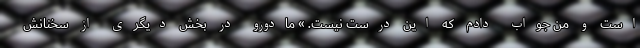
است و من جواب دادم که این درست نیست. » مادورو در بخش دیگری از سخنانش